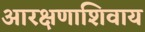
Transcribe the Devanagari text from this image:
आरक्षणाशिवाय